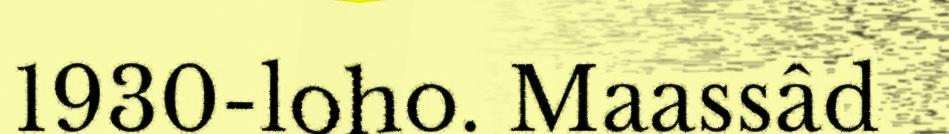
1930-loho. Maassâd